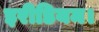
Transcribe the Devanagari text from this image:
इरीडियम।